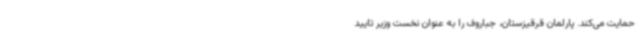
حمایت می‌کند. پارلمان قرقیزستان، جباروف را به عنوان نخست وزیر تایید